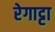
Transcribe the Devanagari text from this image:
रेगाट्टा